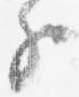
子